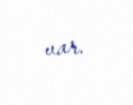
var.